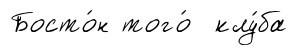
Босто́н того́ клу́ба